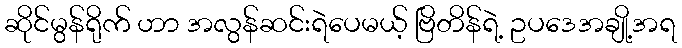
ဆိုင်မွန်ရိုက် ဟာ အလွန်ဆင်းရဲပေမယ့် ဗြိတိန်ရဲ့ ဥပဒေအချို့အရ